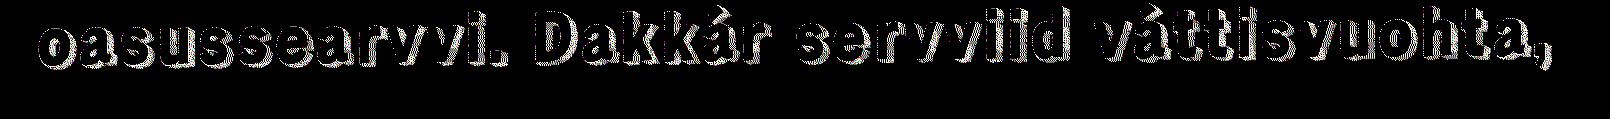
oasussearvvi. Dakkár servviid váttisvuohta,